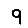
Digit: 9